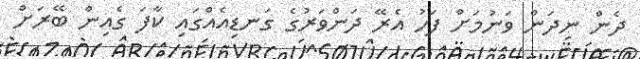
ދެން ނިދަން ވަނުމަށް ފަހު އެރޭ ދަންވަރުގެ ގަނޑިއެއްގައި ކާފަ ގެއިން ބޭރަށް